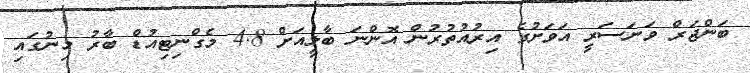
ބަންޖަރް ވަނަސަރީ އަވަށުގެ އިރުއުތުރުން އޮންނަ ބާލީއަށް 4.8 މެގްނިޓިއުޑް ބާރު މިނުގައި